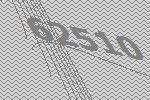
62510